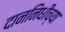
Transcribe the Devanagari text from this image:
दाननिधीच्या